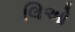
લિઓ